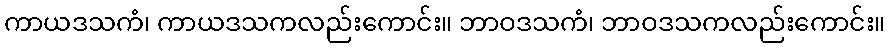
ကာယဒသကံ၊ ကာယဒသကလည်းကောင်း။ ဘာဝဒသကံ၊ ဘာဝဒသကလည်းကောင်း။